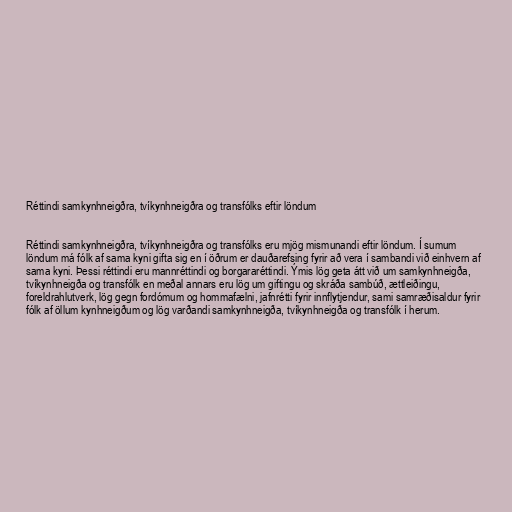
Réttindi samkynhneigðra, tvíkynhneigðra og transfólks eftir löndum

Réttindi samkynhneigðra, tvíkynhneigðra og transfólks eru mjög mismunandi eftir löndum. Í sumum
löndum má fólk af sama kyni gifta sig en í öðrum er dauðarefsing fyrir að vera í sambandi við einhvern af
sama kyni. Þessi réttindi eru mannréttindi og borgararéttindi. Ýmis lög geta átt við um samkynhneigða,
tvíkynhneigða og transfólk en meðal annars eru lög um giftingu og skráða sambúð, ættleiðingu,
foreldrahlutverk, lög gegn fordómum og hommafælni, jafnrétti fyrir innflytjendur, sami samræðisaldur fyrir
fólk af öllum kynhneigðum og lög varðandi samkynhneigða, tvíkynhneigða og transfólk í herum.